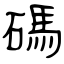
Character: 碼